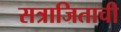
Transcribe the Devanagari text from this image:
सत्राजिताची